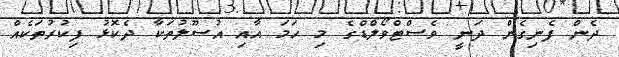
ދެން ފެނިގެން ދަނީ ވެސްޓްވޯލްޑްގެ މި ހަމަ އާއި އުސޫލުތަކާ ދެކޮޅު ފިކުރުތަކެއް